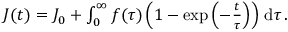
\begin{array} { r } { J ( t ) = J _ { 0 } + \int _ { 0 } ^ { \infty } f ( \tau ) \left( 1 - \exp \left( - \frac { t } { \tau } \right) \right) \, \mathrm { d } \tau \, . } \end{array}